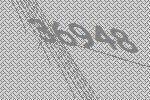
36948